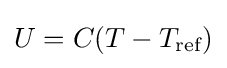
U=C(T-T_{\text{ref}})